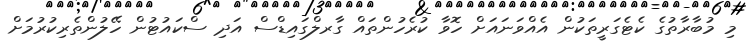
މި މުބާރާތުގެ ކެޓެގަރީތަކުން އެއްވަނައަށް ހޮވާ ކުރެހުންތައް ގާރލްގައިޑްސް އަދި ސްކައުޓުން ހޭލުންތެރިކުރުމަށް